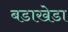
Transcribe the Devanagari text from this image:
बडाखेडा